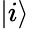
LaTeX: |i\rangle